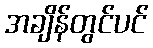
အချိန်တွင်ပင်